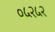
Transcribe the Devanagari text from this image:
०५२५२